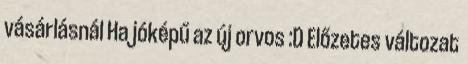
vásárlásnál Ha jóképű az új orvos :D Előzetes változat